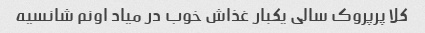
کلا پرپروک سالی یکبار غذاش خوب در میاد اونم شانسیه